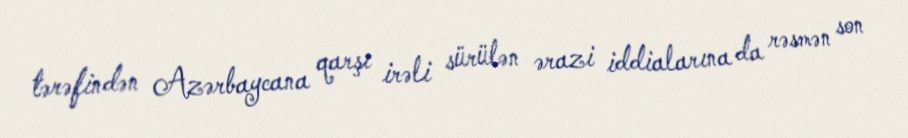
tərəfindən Azərbaycana qarşı irəli sürülən ərazi iddialarına da rəsmən son